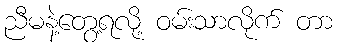
ညီမနဲ့တွေ့ရလို့ ဝမ်းသာလိုက် တာ